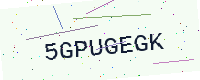
Text: 5GPUGEGK